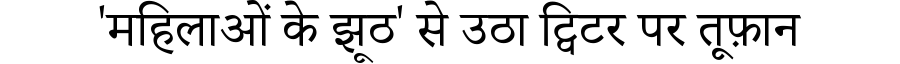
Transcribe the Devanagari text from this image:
'महिलाओं के झूठ' से उठा ट्विटर पर तूफ़ान